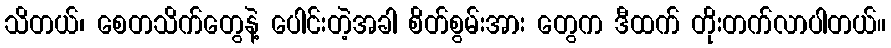
သိတယ်၊ စေတသိက်တွေနဲ့ ပေါင်းတဲ့အခါ စိတ်စွမ်းအား တွေက ဒီထက် တိုးတက်လာပါတယ်။